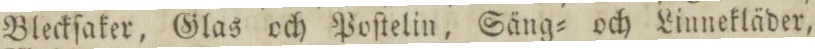
Bleckſaker, Glas och Poſtelin, Säng= och Linnekläder,